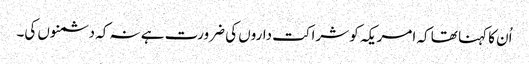
اُن کا کہنا تھا کہ امریکہ کو شراکت داروں کی ضرورت ہے نہ کہ دشمنوں کی۔